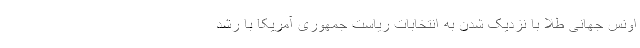
اونس جهانی طلا با نزدیک شدن به انتخابات ریاست جمهوری آمریکا با رشد